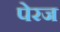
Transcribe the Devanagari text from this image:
पेरज